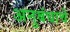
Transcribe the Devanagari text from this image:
अनुबंधाचे